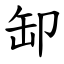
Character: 缷